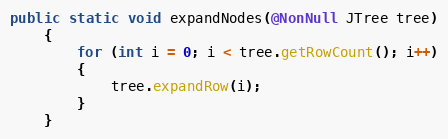
Language: Java
public static void expandNodes(@NonNull JTree tree)
	{
		for (int i = 0; i < tree.getRowCount(); i++)
		{
			tree.expandRow(i);
		}
	}